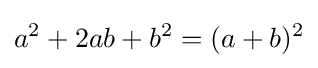
a^{2}+2ab+b^{2}=(a+b)^{2}